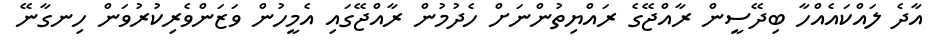
އާދެ ލައްކައެއްހާ ބިދޭސީން ރާއްޖޭގެ ރައްޔިތުންނަށް ހެދުމުން ރާއްޖޭގައި އެމީހުން ވަޒަންވެރިކުރުވަން ހިނގާނޭ